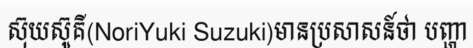
ស៊ុយស៊ូគី(NoriYuki Suzuki)មានប្រសាសន៍ថា បញ្ហា